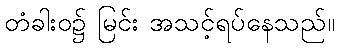
တံခါးဝ၌ မြင်း အသင့်ရပ်နေသည်။